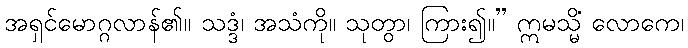
အရှင်မောဂ္ဂလာန်၏။ သဒ္ဒံ၊ အသံကို။ သုတွာ၊ ကြား၍။” ဣမသ္မိံ လောကေ၊